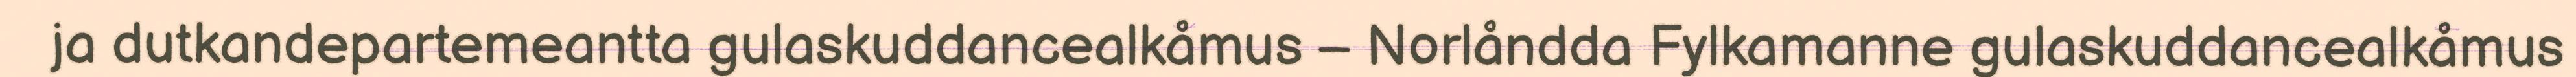
ja dutkandepartemeantta gulaskuddancealkåmus – Norlåndda Fylkamanne gulaskuddancealkåmus